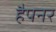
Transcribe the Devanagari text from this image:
हैपनर